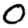
Digit: 0